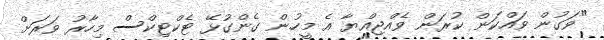
"ވަގުން ވައްކަން ކުރަން ވެއްޖިއްޔާ އެ މީހުން ގެންގުޅޭ ޓެކްޓިކްސް މިހާރު ވަރަށް